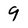
Character: 9